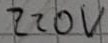
Text: 220V